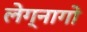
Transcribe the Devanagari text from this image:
लेग्नागो